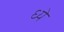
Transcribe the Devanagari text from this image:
ध्ये